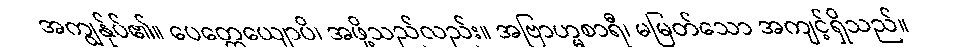
အကျွန်ုပ်၏။ ပေတ္တေယျောပိ၊ အဖို့သည်လည်း။ အဗြာဟ္မစာရီ၊ မမြတ်သော အကျင့်ရှိသည်။